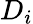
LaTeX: D_{i}